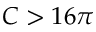
C > 1 6 \pi